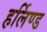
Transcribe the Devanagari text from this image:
हर्लिण्ड